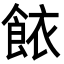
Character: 餏